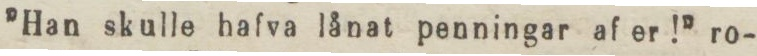
”Han skulle hafva lånat penningar af er!” ro-